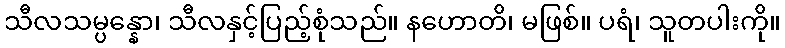
သီလသမ္ပန္နော၊ သီလနှင့်ပြည့်စုံသည်။ နဟောတိ၊ မဖြစ်။ ပရံ၊ သူတပါးကို။